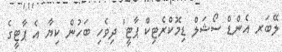
ލޭބަރ އެންޑް ސޯޝަލް ޑިމޮކްރެޓިކް ޕާޓީ' ދިވެހި ބަހުން ކިޔާ އެ ޕާޓީގެ